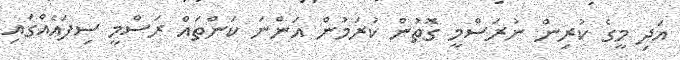
އަދި މީގެ ކުރިން ނުރަސްމީ ގޮތުން ކުރަމުން އަންނަ ކަންތައް ރަސްމީ ސިފައެއްގައި